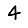
Digit: 4